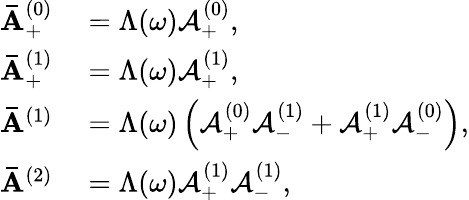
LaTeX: \begin{array}{rl}{\mathbf{\bar{A}}_{+}^{(0)}}&{{}=\Lambda(\omega)\mathbf{\mathcal{A}}_{+}^{(0)},}\\ {\mathbf{\bar{A}}_{+}^{(1)}}&{{}=\Lambda(\omega)\mathbf{\mathcal{A}}_{+}^{(1)},}\\ {\mathbf{\bar{A}}^{(1)}}&{{}=\Lambda(\omega)\left(\mathbf{\mathcal{A}}_{+}^{(0)}\mathbf{\mathcal{A}}_{-}^{(1)}+\mathbf{\mathcal{A}}_{+}^{(1)}\mathbf{\mathcal{A}}_{-}^{(0)}\right),}\\ {\mathbf{\bar{A}}^{(2)}}&{{}=\Lambda(\omega)\mathbf{\mathcal{A}}_{+}^{(1)}\mathbf{\mathcal{A}}_{-}^{(1)},}\end{array}